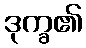
ဒုက္ခ၏